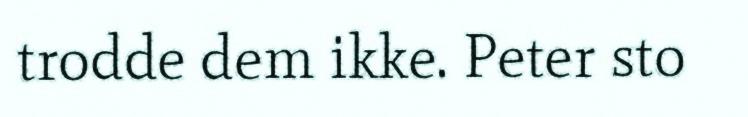
trodde dem ikke. Peter sto